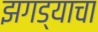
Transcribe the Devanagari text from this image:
झगड्याचा